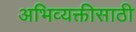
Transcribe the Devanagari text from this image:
अभिव्यक्तीसाठी